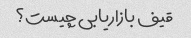
قیف بازاریابی چیست؟